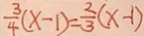
\frac { 3 } { 4 } ( x - 1 ) = \frac { 2 } { 3 } ( x - 1 )